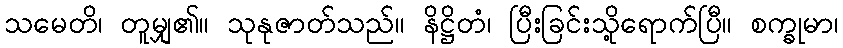
သမေတိ၊ တူမျှ၏။ သုနုဇာတ်သည်။ နိဋ္ဌိတံ၊ ပြီးခြင်းသို့ရောက်ပြီ။ စက္ခုမာ၊